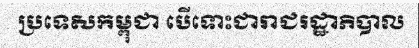
ប្រទេសកម្ពុជា បើទោះជារាជរដ្ឋាភិបាល